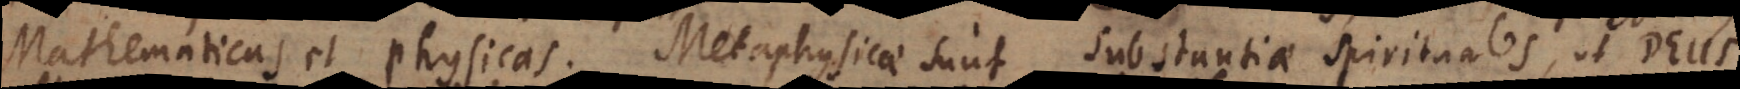
Mathematicas et Physicas. Metaphysicae sunt substantiae spirituales, ut D